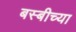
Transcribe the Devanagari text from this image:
बस्बीच्या